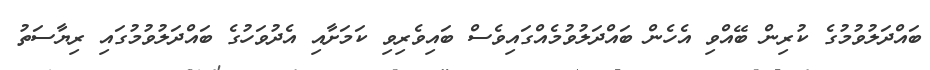
ބައްދަލުވުމުގެ ކުރިން ބޭއްވި އެހެން ބައްދަލުވުމެއްގައިވެސް ބައިވެރިވި ކަމަށާއި އެދުވަހުގެ ބައްދަލުވުމުގައި ރިޔާސަތު